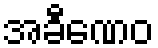
အခီဏေဝ